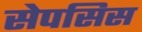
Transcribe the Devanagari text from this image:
सेपसिस